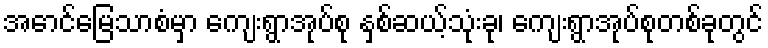
အောင်မြေသာစံမှာ ကျေးရွာအုပ်စု နှစ်ဆယ့်သုံးခု၊ ကျေးရွာအုပ်စုတစ်ခုတွင်